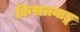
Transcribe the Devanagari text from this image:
किसलयाङ्ग